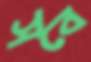
সবে